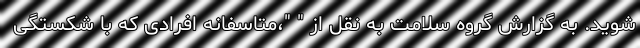
شوید. به گزارش گروه سلامت به نقل از " "،متاسفانه افرادی که با شکستگی